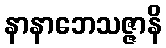
နာနာဘေသဇ္ဇာနိ